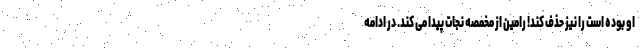
او بوده است را نیز حذف کند! رامین از مخمصه نجات پیدا می کند. در ادامه